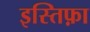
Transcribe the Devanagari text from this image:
इस्तिफ़ा